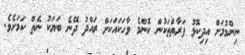
ނިންމުމަށް އިދިކޮޅު ފަރާތްތަކުން ކޮންމެ ވާހަކައަކަށް ރައްދު ދޭނެ ބަޔަކު ނެތް ކަމަށެވެ.